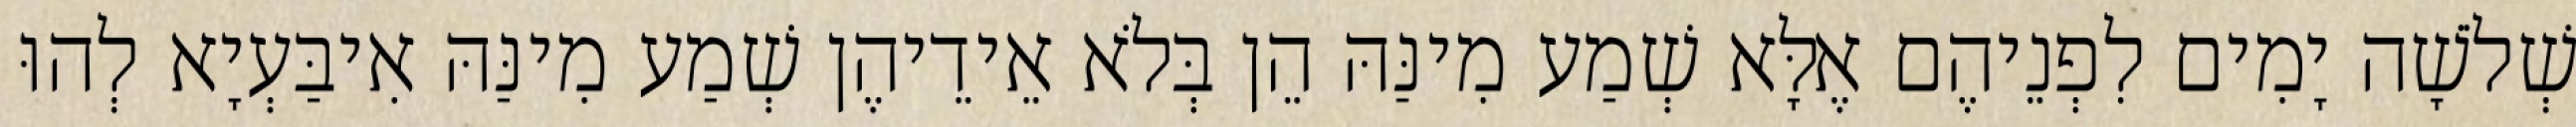
שְׁלֹשָׁה יָמִים לִפְנֵיהֶם אֶלָּא שְׁמַע מִינַּהּ הֵן בְּלֹא אֵידֵיהֶן שְׁמַע מִינַּהּ אִיבַּעְיָא לְהוּ